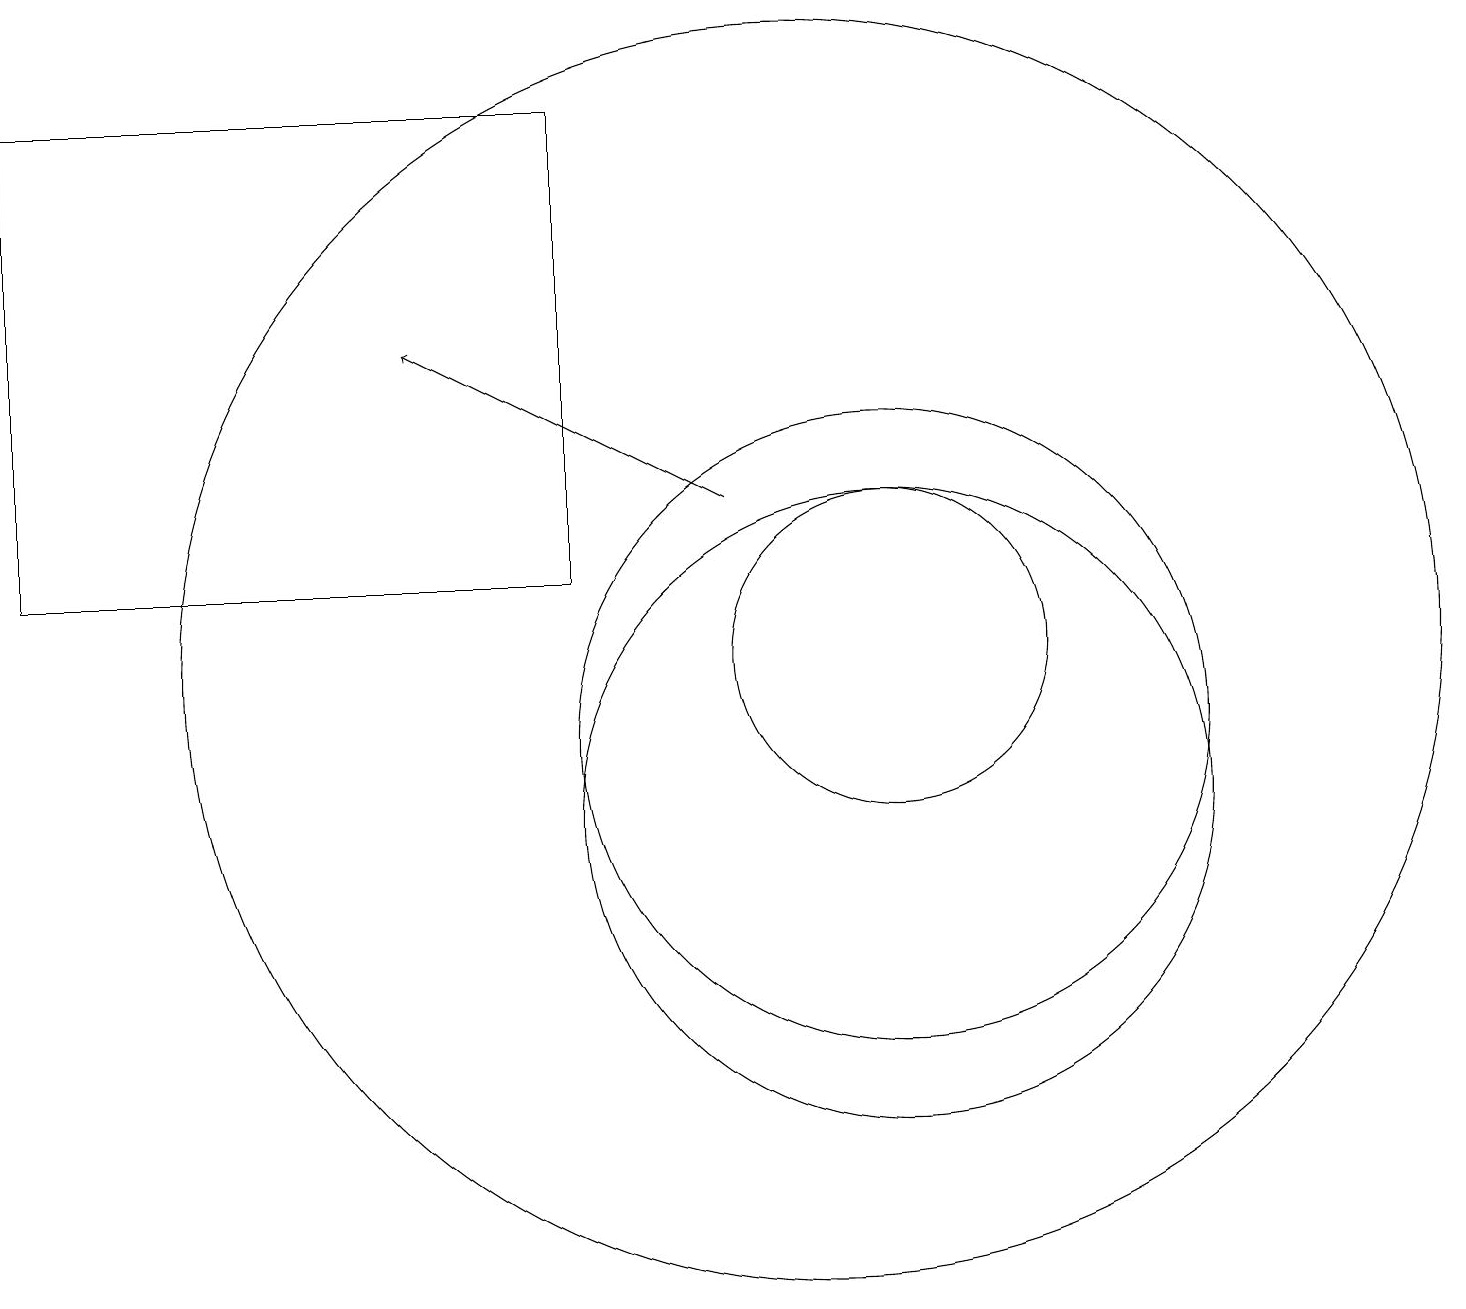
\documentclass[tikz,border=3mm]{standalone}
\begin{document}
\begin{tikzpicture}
\draw (11,12) circle (2);
\draw (10,12) circle (8);
\draw (7,19) rectangle (0,13);
\draw (11,10) circle (4);
\draw[->] (9,14) -- (5,16);
\draw (11,11) circle (4);
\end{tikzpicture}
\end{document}